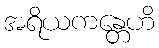
အရိယကန္တေဟိ